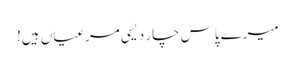
میرے پاس چار دیسی مرغیاں ہیں!